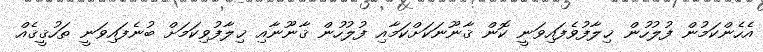
އެހެންކަމުން ފުލުހުން ޚިލާފުވެފައިވަނީ ކޮން ޤާނޫނަކަށްކަމާއި ފުލުހުން ޤާނޫނާއި ޚިލާފުވިކަމަށް ބުނެފައިވަނީ ތަހުޤީޤެއް